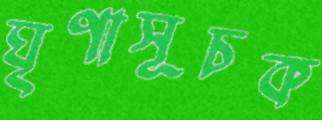
ঘৃণাসূচক